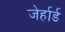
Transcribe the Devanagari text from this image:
जेर्हार्ड